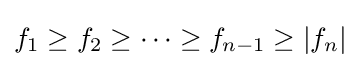
f_{1}\geq f_{2}\geq \cdots \geq f_{n-1}\geq |f_{n}|